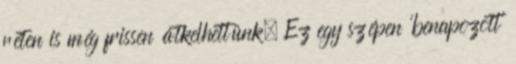
réten is még frissen átkelhettünk. Ez egy szépen 'benapozott'